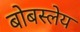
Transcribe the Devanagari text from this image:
बोबस्लेय